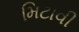
મિટાવી